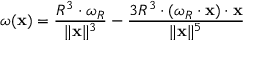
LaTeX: { \boldsymbol { \omega } } ( \mathbf { x } ) = { \frac { R ^ { 3 } \cdot { \boldsymbol { \omega } } _ { R } } { \| \mathbf { x } \| ^ { 3 } } } - { \frac { 3 R ^ { 3 } \cdot ( { \boldsymbol { \omega } } _ { R } \cdot \mathbf { x } ) \cdot \mathbf { x } } { \| \mathbf { x } \| ^ { 5 } } }